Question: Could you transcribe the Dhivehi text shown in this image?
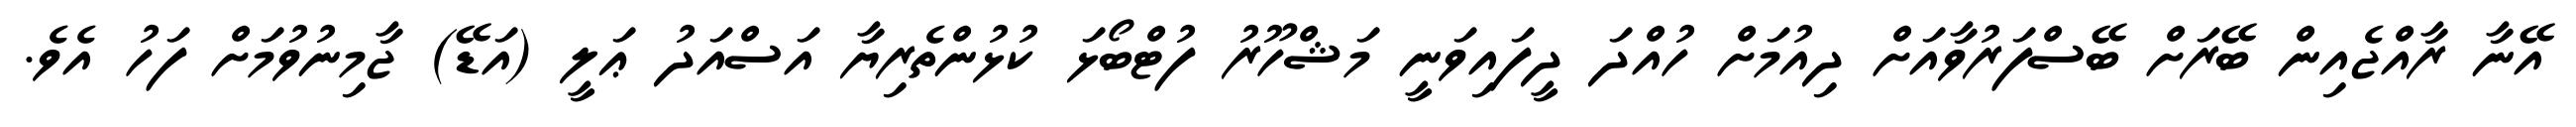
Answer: އޭނާ ރާއްޖެއިން ބޭރަށް ބޭސްފަރުވާއަށް ދިއުމަށް ހުއްދަ ދީފައިވަނީ މަޝްހޫރު ފުޓްބޯޅަ ކުޅުންތެރިޔާ އަސްއަދު ޢަލީ (އަޑޭ) ޖާމިނުވުމަށް ފަހު އެވެ.